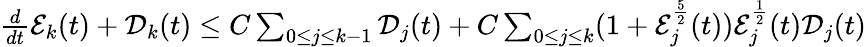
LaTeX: \begin{array}{r}{\frac{d}{dt}\mathcal{E}_{k}(t)+\mathcal{D}_{k}(t)\leq C\sum_{0\leq j\leq k-1}\mathcal{D}_{j}(t)+C\sum_{0\leq j\leq k}(1+\mathcal{E}_{j}^{\frac{5}{2}}(t))\mathcal{E}_{j}^{\frac{1}{2}}(t)\mathcal{D}_{j}(t)}\end{array}